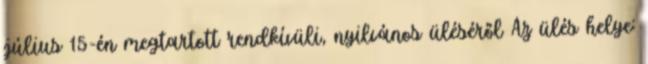
július 15-én megtartott rendkívüli, nyilvános üléséről Az ülés helye: